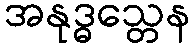
အနုဒ္ဓသ္တေန